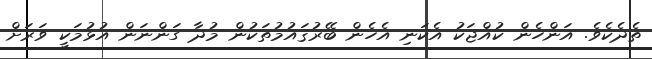
ތެދެކެވެ. އަންހެން ކުއްޖަކު އެކަނި އެހެން ބޭރުޤައުމުތަކުން މުދާ ގަންނަން އުޅުމަކީ ވަރަށް